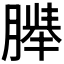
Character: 𬂍